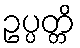
ဥပ္ပတ္တိ